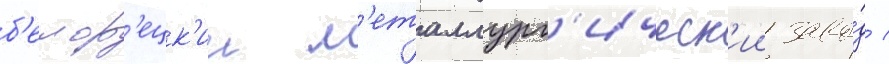
б'елор'ецк'ии м'еталлург'ическ'ии заво́д /